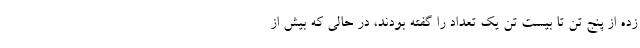
زده از پنج تن تا بیست تن یک تعداد را گفته بودند، در حالی که بیش از